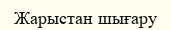
Жарыстан шығару